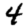
Digit: 4